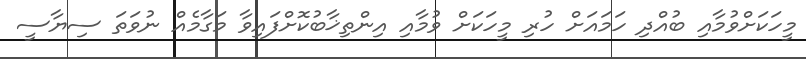
މީހަކަށްވުމާއި ބުއްދި ހަމައަށް ހުރި މީހަކަށް ވުމާއި އިންތިޚާބުކޮށްފައިވާ މަގާމެއް ނުވަތަ ސިޔާސީ